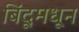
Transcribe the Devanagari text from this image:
बिंदूमधून